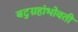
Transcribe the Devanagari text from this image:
बटुग्रहांभोवती